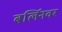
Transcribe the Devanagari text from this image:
बर्लिनवर